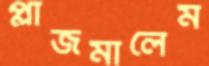
প্লাজমালেম